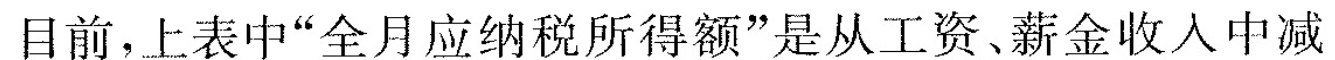
目前，上表中”全月应纳税所得额”是从工资、薪金收人中减